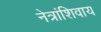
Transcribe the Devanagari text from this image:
नेत्रांशिवाय